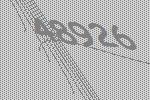
48926